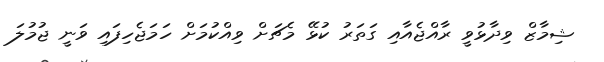
ޝިމާޒް ވިދާޅުވީ ރާއްޖެއާއި ގަތަރު ކުޅޭ މެޗަށް ވިއްކުމަށް ހަމަޖެހިފައި ވަނީ ޖުމުލަ